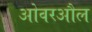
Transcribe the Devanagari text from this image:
ओवरऔल